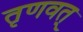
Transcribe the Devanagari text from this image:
तृणवत्